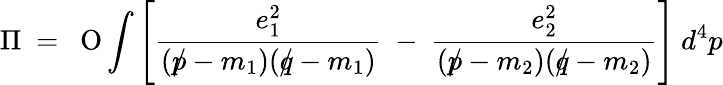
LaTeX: \Pi~=~\mathrm{\ O}\int\left[{\frac{e_{1}^{2}}{(p\! \! \! /-m_{1})(q\! \! \! /-m_{1})}}~-~{\frac{e_{2}^{2}}{(p\! \! \! /-m_{2})(q\! \! \! /-m_{2})}}\right]~d^{4}p